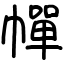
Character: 幝